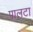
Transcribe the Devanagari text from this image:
पालटा